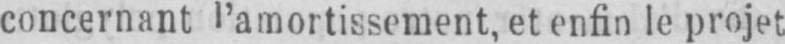
concernant l’amortissement, et enfin le projet